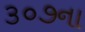
૩૦૭ના